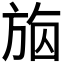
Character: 𣃴